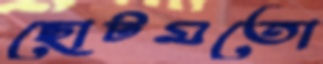
ছোটমতো